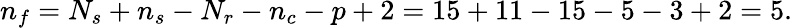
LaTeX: n_{f}=N_{s}+n_{s}-N_{r}-n_{c}-p+2=15+11-15-5-3+2=5.